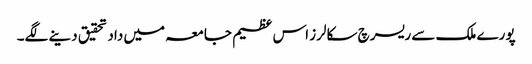
پورے ملک سے ریسرچ سکالرز اس عظیم جامعہ میں داد تحقیق دینے لگے۔